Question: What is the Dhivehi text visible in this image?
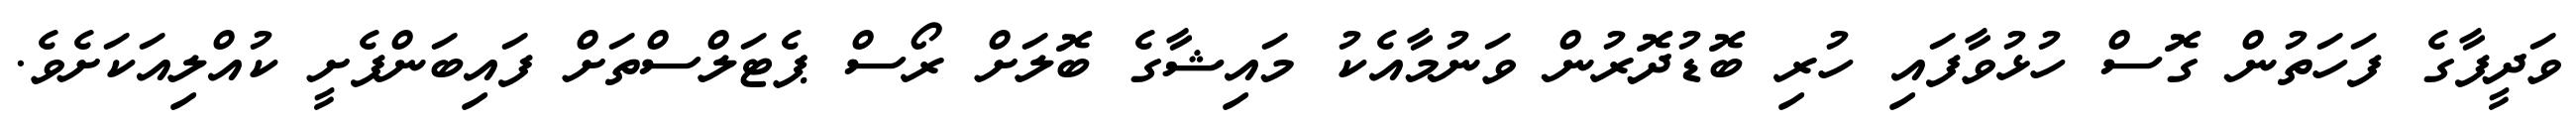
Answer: ވަދީފާގެ ފަހަތުން ގޮސް ހުޅުވާފައި ހުރި ބޮޑުދޮރުން ވަނުމާއެކު މައިޝާގެ ބޮލަށް ރޯސް ޕެޓަލްސްތަށް ފައިބަންފެށީ ކުއްލިއަކަށެވެ.